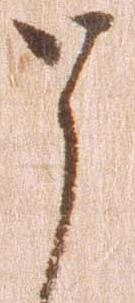
と